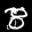
Label: 8